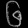
Digit: ၆